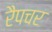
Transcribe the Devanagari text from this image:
रैपचर